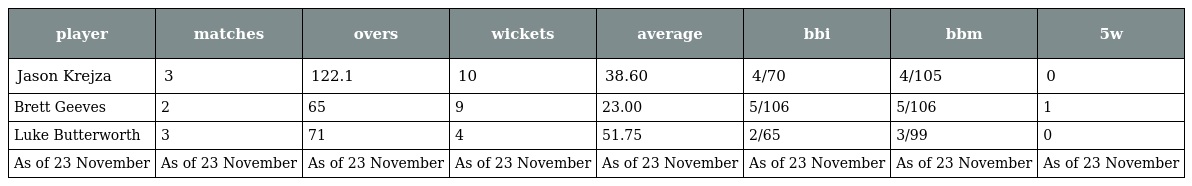
| player | matches | overs | wickets | average | bbi | bbm | 5w |
 | --- | --- | --- | --- | --- | --- | --- | --- |
 | Jason Krejza | 3 | 122.1 | 10 | 38.60 | 4/70 | 4/105 | 0 |
 | Brett Geeves | 2 | 65 | 9 | 23.00 | 5/106 | 5/106 | 1 |
 | Luke Butterworth | 3 | 71 | 4 | 51.75 | 2/65 | 3/99 | 0 |
 | As of 23 November | As of 23 November | As of 23 November | As of 23 November | As of 23 November | As of 23 November | As of 23 November | As of 23 November |